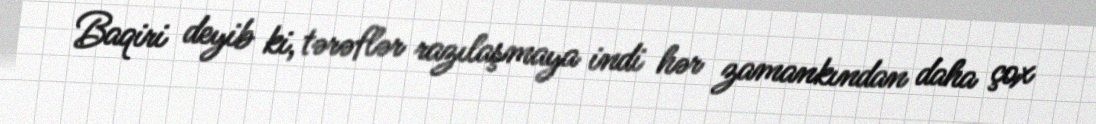
Baqiri deyib ki, tərəflər razılaşmaya indi hər zamankından daha çox